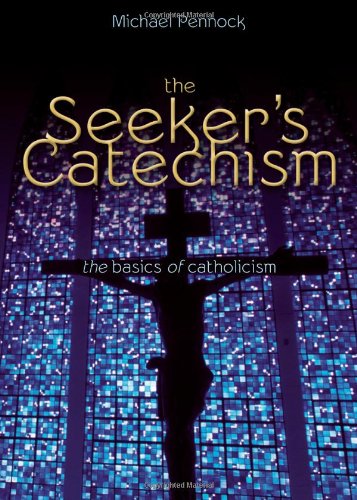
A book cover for The Seeker's Catechism: The Basics of Catholicism; Michael Pennock; Christian Books & Bibles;